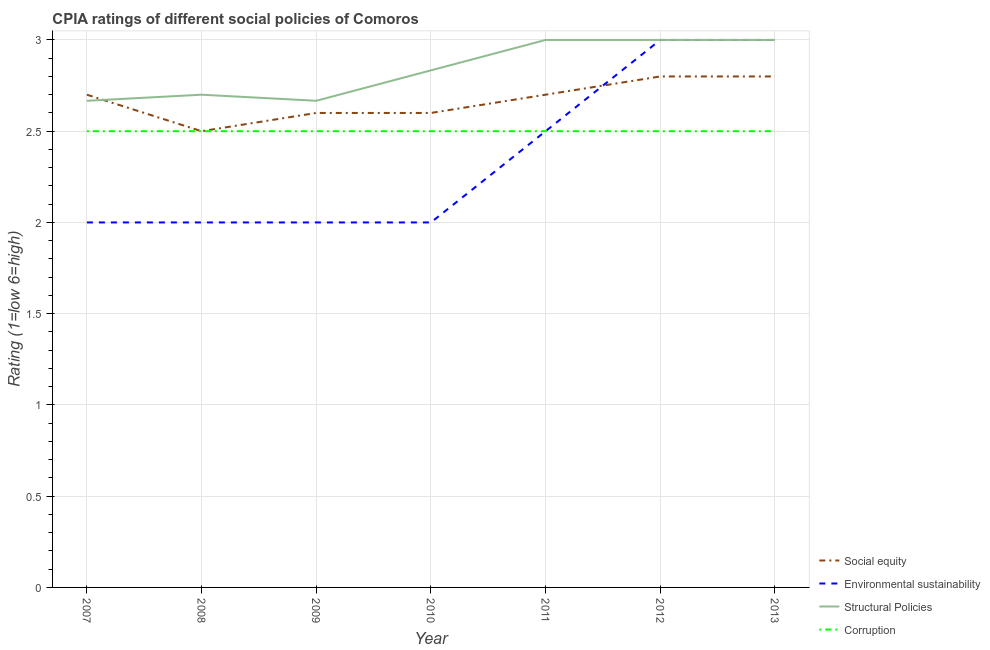
| Year | Social equity | Environmental sustainability | Structural Policies | Corruption |
 | --- | --- | --- | --- | --- |
 | 2007 | 2.7 | 2 | 2.67 | 2.5 |
 | 2008 | 2.5 | 2 | 2.7 | 2.5 |
 | 2009 | 2.6 | 2 | 2.67 | 2.5 |
 | 2010 | 2.6 | 2 | 2.83 | 2.5 |
 | 2011 | 2.7 | 2.5 | 3 | 2.5 |
 | 2012 | 2.8 | 3 | 3 | 2.5 |
 | 2013 | 2.8 | 3 | 3 | 2.5 |